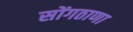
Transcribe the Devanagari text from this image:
सोंगठाणा